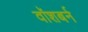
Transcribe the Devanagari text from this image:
वॉशबर्न